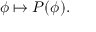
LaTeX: \phi \mapsto P ( \phi ) .